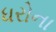
ધરોના